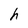
Character: h